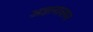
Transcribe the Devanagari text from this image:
अज्ञानावरुन